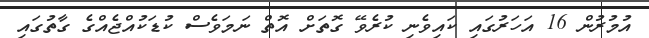
އުމުރުން 16 އަހަރުގައި ކައިވެނި ކުރެވޭ ގޮތަށް އޮތް ނަމަވެސް ކުޑަކުއްޖެއްގެ ގާތުގައި